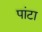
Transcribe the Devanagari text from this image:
पांटा